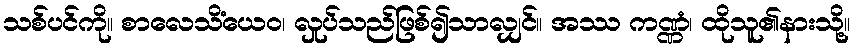
သစ်ပင်ကို။ စာလေသိံယေဝ၊ လှုပ်သည်ဖြစ်၍သာလျှင်။ အဿ ကဏ္ဏံ၊ ထိုသူ၏နားသို့။